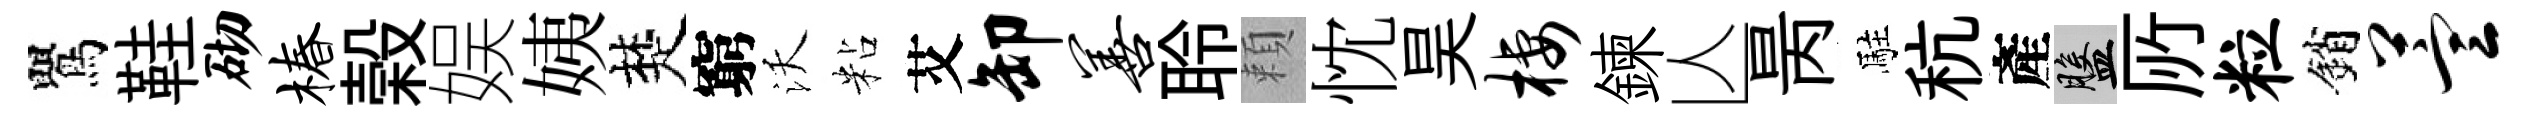
鸎鞋砌椿榖娱姨楚窮沃粘艾卸善聆頼忱昊栖鍊亾昺駐秔產盤𠩄粒銷萱